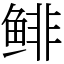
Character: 鲱